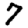
Digit: 7